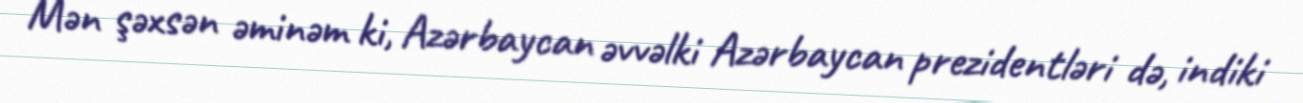
Mən şəxsən əminəm ki, Azərbaycan əvvəlki Azərbaycan prezidentləri də, indiki